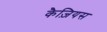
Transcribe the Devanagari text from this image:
कैज़ियस